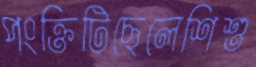
পংক্তিটিছেলেশিশু